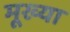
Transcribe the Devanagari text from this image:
मूख्या